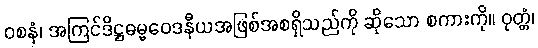
ဝစနံ၊ အကြင်ဒိဋ္ဌဓမ္မဝေဒနီယအဖြစ်အစရှိသည်ကို ဆိုသော စကားကို။ ဝုတ္တံ၊